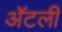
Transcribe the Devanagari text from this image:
अॅटली